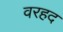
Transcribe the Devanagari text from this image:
वरहद